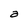
Character: a